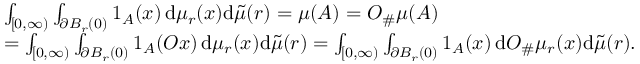
\begin{array} { r l } & { \int _ { [ 0 , \infty ) } \int _ { \partial B _ { r } ( 0 ) } 1 _ { A } ( x ) \, \mathrm { d } \mu _ { r } ( x ) \mathrm { d } \tilde { \mu } ( r ) = \mu ( A ) = O _ { \# } \mu ( A ) } \\ & { = \int _ { [ 0 , \infty ) } \int _ { \partial B _ { r } ( 0 ) } 1 _ { A } ( O x ) \, \mathrm { d } \mu _ { r } ( x ) \mathrm { d } \tilde { \mu } ( r ) = \int _ { [ 0 , \infty ) } \int _ { \partial B _ { r } ( 0 ) } 1 _ { A } ( x ) \, \mathrm { d } O _ { \# } \mu _ { r } ( x ) \mathrm { d } \tilde { \mu } ( r ) . } \end{array}